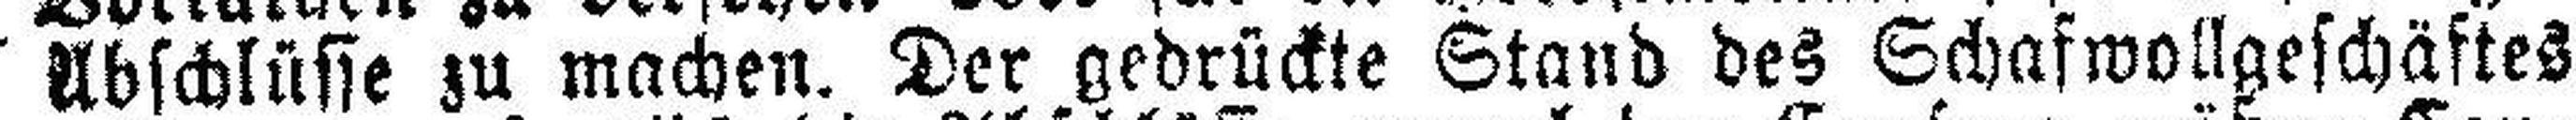
Abschlüsse zu machen. Der gedrückte Stand des Schafwollgeschäftes